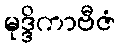
မုဒ္ဒိကာဗီဇံ